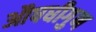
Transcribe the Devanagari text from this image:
औषधीगुण